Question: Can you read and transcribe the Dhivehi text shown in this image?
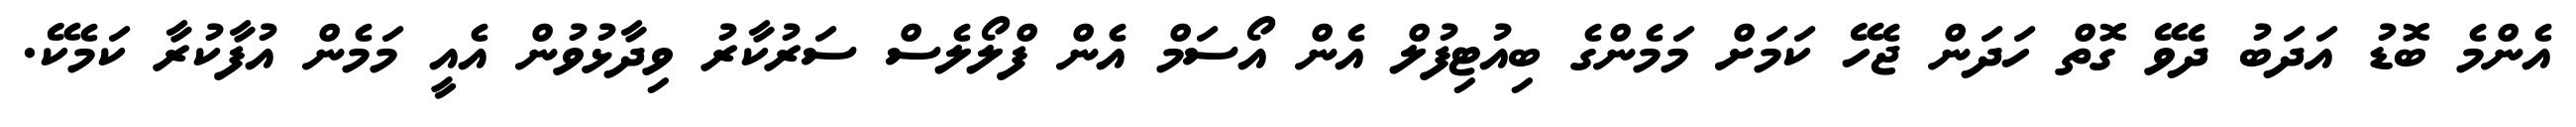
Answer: އެންމެ ބޮޑު އަދަބު ދެވޭ ގޮތް ހަދަން ޖެހޭ ކަމަށް މަމެންގެ ބިއުޓިފުލް އެން އޯސަމް އެން ފްލޯލެސް ސަރުކާރު ވިދާޅުވުން އެއީ މަމެން އުފާކުރާ ކަމެކޭ.